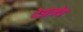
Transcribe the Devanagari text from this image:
देझ़नेव